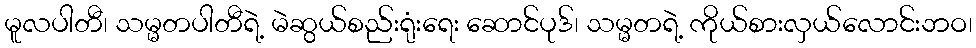
မူလပါတီ၊ သမ္မတပါတီရဲ့ မဲဆွယ်စည်းရုံးရေး ဆောင်ပုဒ်၊ သမ္မတရဲ့ ကိုယ်စားလှယ်လောင်းဘဝ၊